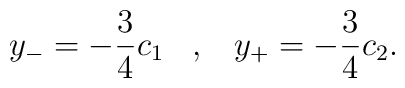
y_- = -\frac{3}{4} c_1 \;\;\; ,\;\;\; y_+ = -\frac{3}{4} c_2 .